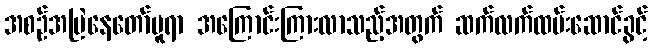
အစဉ်အမြဲနေတော်မူရာ အကြောင်းကြားလာသည့်အတွက် ဆက်လက်ထမ်းဆောင်ခွင့်